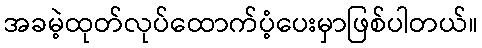
အခမဲ့ထုတ်လုပ်ထောက်ပံ့ပေးမှာဖြစ်ပါတယ်။